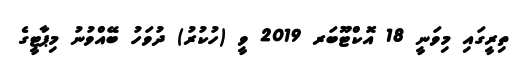
ތިރީގައި މިވަނީ 18 އޮކްޓޫބަރ 2019 ވީ (ހުކުރު) ދުވަހު ބޭއްވުނު މިޕާޓީގެ